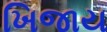
ખિજાય